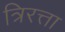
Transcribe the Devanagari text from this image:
त्रिरत्ता